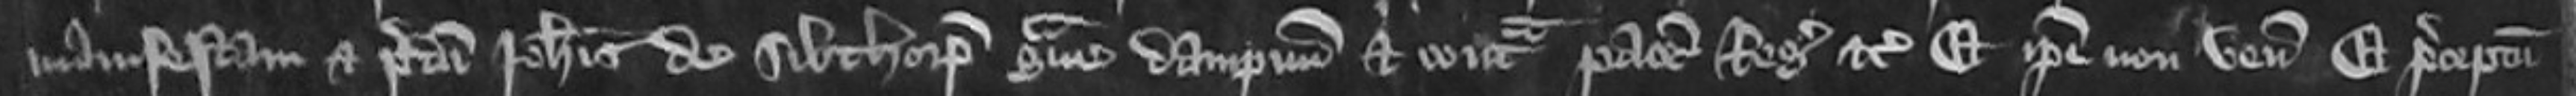
manifestam et predicti Johannis de Sibthorp grave dampnum et contra pacem Regis etc Et ipsi non veniunt et preceptum